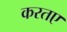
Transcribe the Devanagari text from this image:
करतए